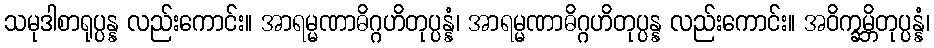
သမုဒါစာရုပ္ပန္န လည်းကောင်း။ အာရမ္မဏာဓိဂ္ဂဟိတုပ္ပန္နံ၊ အာရမ္မဏာဓိဂ္ဂဟိတုပ္ပန္န လည်းကောင်း။ အဝိက္ခမ္ဘိတုပ္ပန္နံ၊